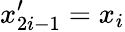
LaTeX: x_{2i-1}^{\prime}=x_{i}